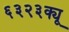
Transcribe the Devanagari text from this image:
६३२३क्यू